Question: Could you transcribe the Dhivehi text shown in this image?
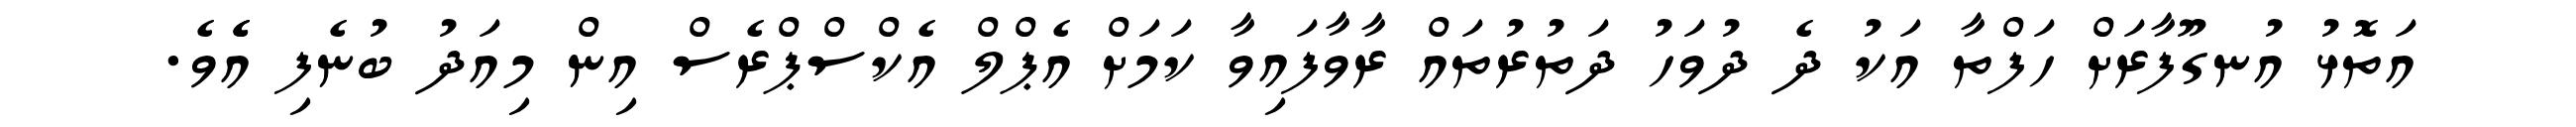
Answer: އަތޮޅު އުނގޫފާރަށް ހަފްތާ އަކު ދެ ދުވަހު ދަތުރުތައް ރާވާފައިވާ ކަމަށް އެޕްލް އެކްސްޕްރެސް އިން މިއަދު ބުނެފި އެެވެ.